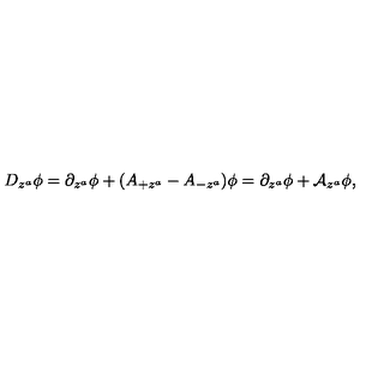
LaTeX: D _ { z ^ { a } } \phi = \partial _ { z ^ { a } } \phi + ( A _ { + z ^ { a } } - A _ { - z ^ { a } } ) \phi = \partial _ { z ^ { a } } \phi + \mathcal { A } _ { z ^ { a } } \phi ,